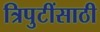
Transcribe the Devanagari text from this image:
त्रिपुटींसाठी